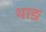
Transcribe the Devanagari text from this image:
थाङ